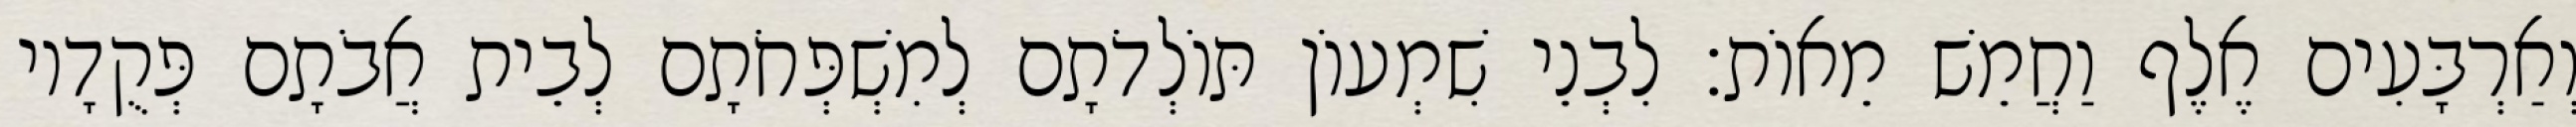
וְאַרְבָּעִים אֶלֶף וַחֲמֵשׁ מֵאוֹת׃ לִבְנֵי שִׁמְעוֹן תּוֹלְדֹתָם לְמִשְׁפְּחֹתָם לְבֵית אֲבֹתָם פְּקֻדָיו